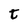
Character: t